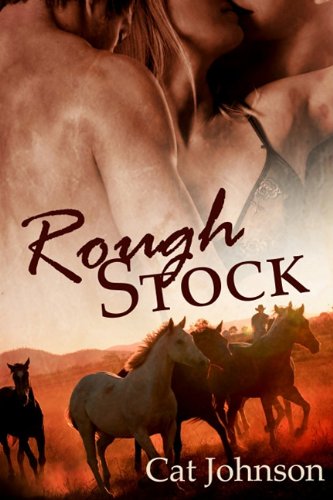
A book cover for Rough Stock; Cat Johnson; Romance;